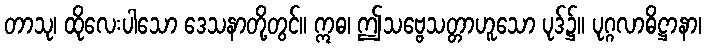
တာသု၊ ထိုလေးပါသော ဒေသနာတို့တွင်။ ဣဓ၊ ဤသဗ္ဗေသတ္တာဟူသော ပုဒ်၌။ ပုဂ္ဂလာဓိဋ္ဌာနာ၊